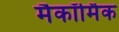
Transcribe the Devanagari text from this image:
मैकॉर्मिक